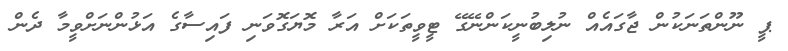
ޕީ ނޫންތަނަކުން ޖާގައެއް ނުލިބުނީކަންނޭގޭ ޓީވީތަކަށް އަރާ މޮޔަގޮވަނި ފައިސާގެ އަޅުންނަށްވީމާ ދެން